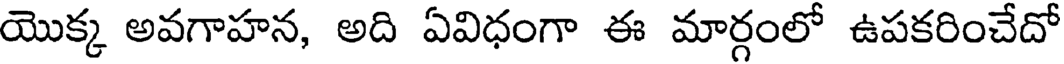
యొక్క అవగాహన, అది ఏవిధంగా ఈ మార్గంలో ఉపకరించేదో